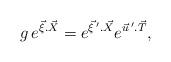
LaTeX: \begin{align*}g \,e^{{\vec \xi}.{\vec X}} = e^{{\vec \xi}\, '.{\vec X}}e^{{\vec u}\,'.{\vec T}},\end{align*}